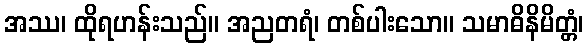
အဿ၊ ထိုရဟန်းသည်။ အညတရံ၊ တစ်ပါးသော။ သမာဓိနိမိတ္တံ၊